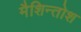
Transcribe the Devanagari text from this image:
मैशिन्तोश